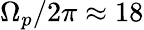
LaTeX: \Omega_{p}/2\pi\approx 18